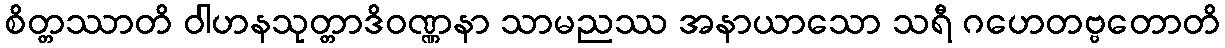
စိတ္တဿာတိ ဝါဟနသုတ္တာဒိဝဏ္ဏနာ သာမညဿ အနာယာသော သရီ ဂဟေတဗ္ဗတောတိ